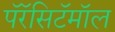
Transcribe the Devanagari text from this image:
पॅरॅसिटॅमॉल